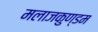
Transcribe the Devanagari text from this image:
मलाजकुण्डम